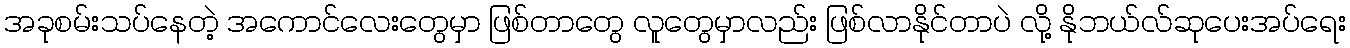
အခုစမ်းသပ်နေတဲ့ အကောင်လေးတွေမှာ ဖြစ်တာတွေ လူတွေမှာလည်း ဖြစ်လာနိုင်တာပဲ လို့ နိုဘယ်လ်ဆုပေးအပ်ရေး